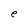
Character: e